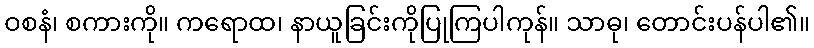
ဝစနံ၊ စကားကို။ ကရောထ၊ နာယူခြင်းကိုပြုကြပါကုန်။ သာဓု၊ တောင်းပန်ပါ၏။